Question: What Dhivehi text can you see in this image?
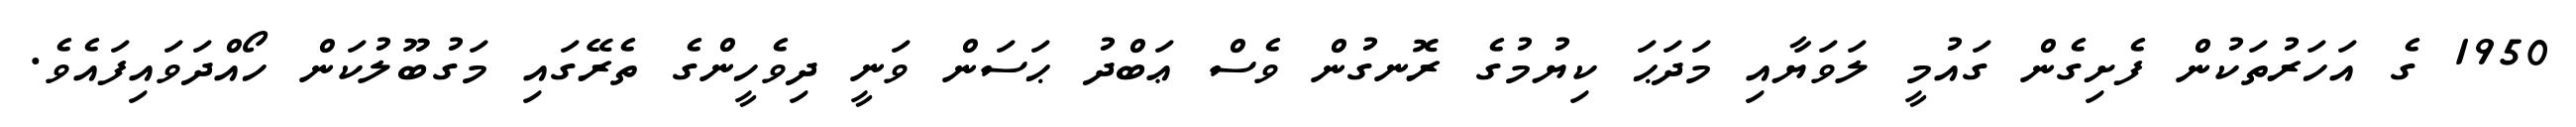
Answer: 1950 ގެ އަހަރުތަކުން ފެށިގެން ގައުމީ ލަވަޔާއި މަދަޙަ ކިޔުމުގެ ރޮނގުން ވެސް ޢަބްދު ޙަސަން ވަނީ ދިވެހީންގެ ތެރޭގައި މަގުބޫލުކަން ހޯއްދަވައިފައެވެ.